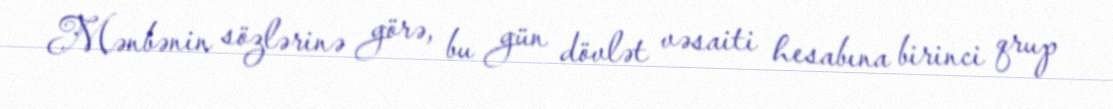
Mənbənin sözlərinə görə, bu gün dövlət vəsaiti hesabına birinci qrup